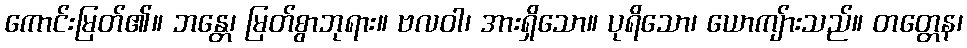
ကောင်းမြတ်၏။ ဘန္တေ၊ မြတ်စွာဘုရား။ ဗလဝါ၊ အားရှိသော။ ပုရိသော၊ ယောကျ်ားသည်။ တတ္တေန၊